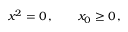
x ^ { 2 } = 0 \, , \; \; \; \; \; \; \; x _ { 0 } \geq 0 \, ,